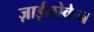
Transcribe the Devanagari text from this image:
ज़ाईलोकेन